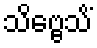
သိဗ္ဗေသိံ